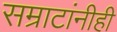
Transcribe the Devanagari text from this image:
सम्राटांनीही